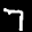
Label: 7